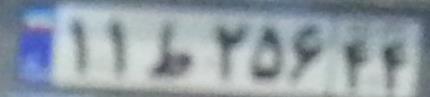
۱۱ط۲۵۶۴۴